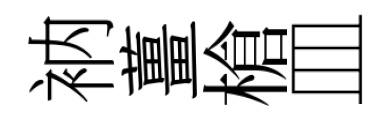
衲薑槍皿